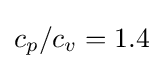
c_{p}/c_{v}=1.4